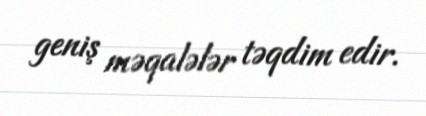
geniş məqalələr təqdim edir.